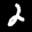
Label: 2